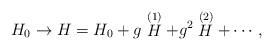
LaTeX: \begin{align*}H_{0}\rightarrow H=H_{0}+g\stackrel{(1)}{H}+g^{2}\stackrel{(2)}{H}+\cdots ,\end{align*}